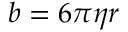
b = 6 \pi \eta r